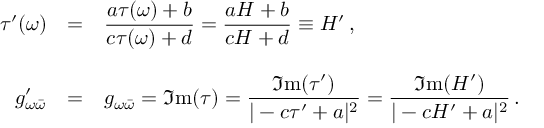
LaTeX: \begin{array} { r c l } { { \tau ^ { \prime } ( \omega ) } } & { { = } } & { { { \displaystyle \frac { a \tau ( \omega ) + b } { c \tau ( \omega ) + d } } = { \displaystyle \frac { a { \cal H } + b } { c { \cal H } + d } } \equiv { \cal H } ^ { \prime } \, , } } \\ { { } } & { { } } & { { } } \\ { { g _ { \omega \bar { \omega } } ^ { \prime } } } & { { = } } & { { g _ { \omega \bar { \omega } } = \Im \mathrm { m } ( \tau ) = { \displaystyle \frac { \Im \mathrm { m } ( \tau ^ { \prime } ) } { | - c \tau ^ { \prime } + a | ^ { 2 } } } = { \displaystyle \frac { \Im \mathrm { m } ( { \cal H } ^ { \prime } ) } { | - c { \cal H } ^ { \prime } + a | ^ { 2 } } } \, . } } \end{array}